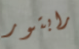
رابتور